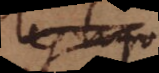
commenca à